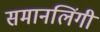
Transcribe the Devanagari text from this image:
समानलिंगी